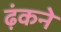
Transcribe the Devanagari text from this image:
ढ़ंकने